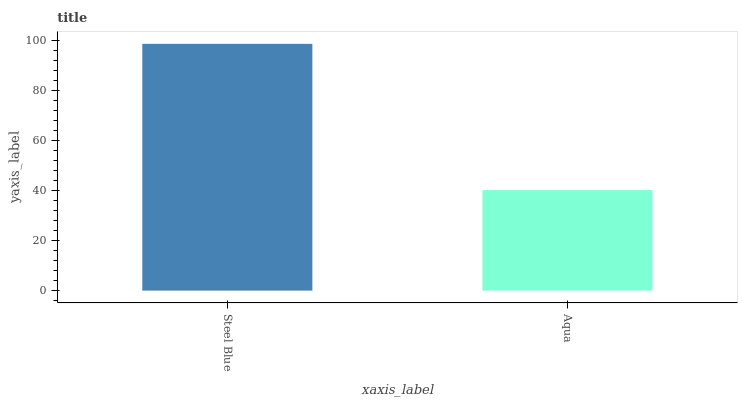
| xaxis_label | bars |
 | --- | --- |
 | Steel Blue | 98.6 |
 | Aqua | 40.1 |